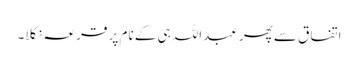
اتفاق سے پھر عبداللہ ہی کے نام پر قرعہ نکلا۔